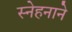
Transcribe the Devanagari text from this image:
स्नेहनाने